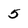
Character: 5